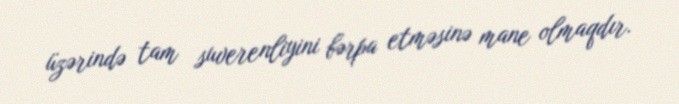
üzərində tam suverenliyini bərpa etməsinə mane olmaqdır.